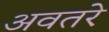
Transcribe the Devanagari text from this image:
अवतरे